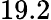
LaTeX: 19.2